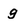
Character: g